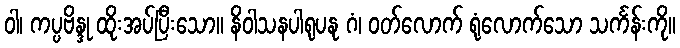
ဝါ၊ ကပ္ပဗိန္ဒု ထိုးအပ်ပြီးသော။ နိဝါသနပါရုပနု ဂံ၊ ဝတ်လောက် ရုံလောက်သော သင်္ကန်းကို။